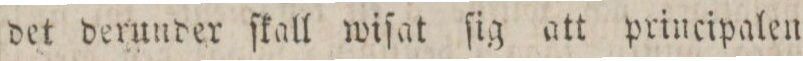
det derunder ſkall wiſat ſig att principalen